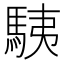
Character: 䮊